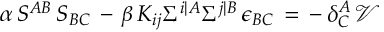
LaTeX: \alpha \, S ^ { A B } \, S _ { B C } \, - \, \beta \, K _ { i j } \Sigma ^ { i \vert A } \Sigma ^ { j \vert B } \, \epsilon _ { B C } \, = \, - \, \delta _ { C } ^ { A } \, \mathcal { V }